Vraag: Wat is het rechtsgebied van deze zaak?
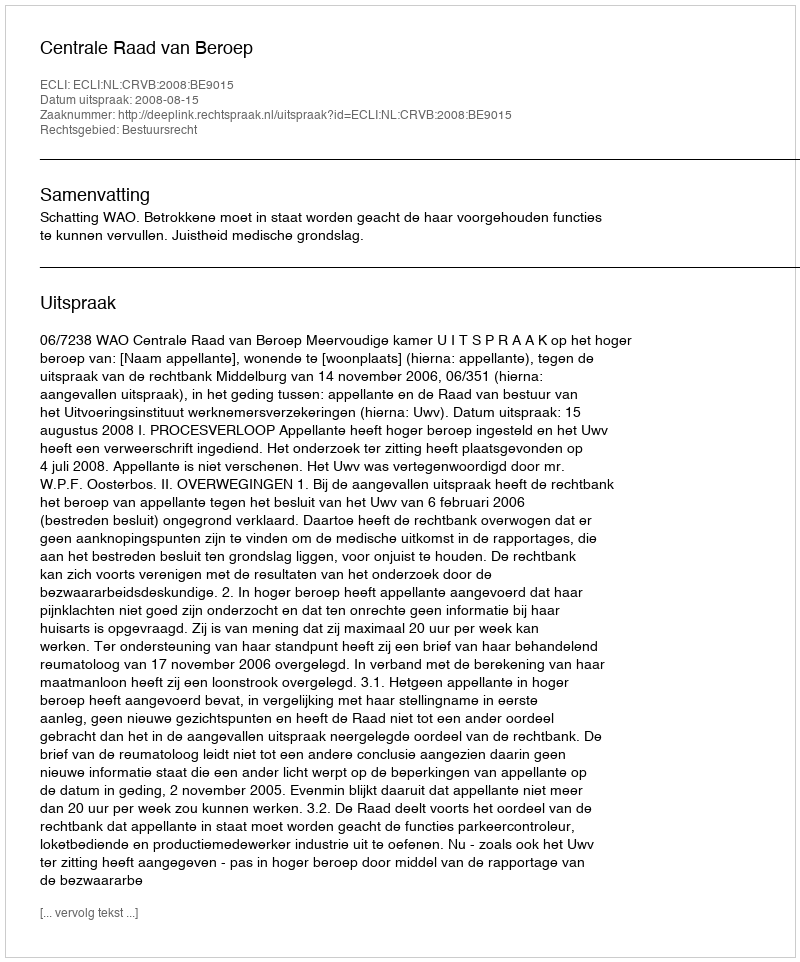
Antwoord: Bestuursrecht